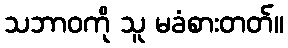
သဘာဝကို သူ မခံစားတတ်။